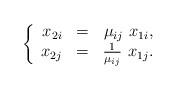
LaTeX: \begin{align*}\left\{\begin{array}{rcr}x_{2i} & = & \mu_{ij} ~ x_{1i}, \\x_{2j} & = & \frac{1}{\mu_{ij}} ~ x_{1j}.\end{array}\right.\end{align*}